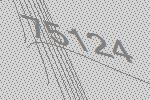
75124